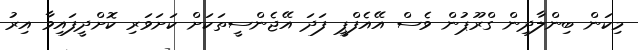
މިކަން ބިންލާދިން ގްރޫޕުން ވެސް އޭއެފްޕީ ފަދަ އޭޖެންސީތަކަށް ކަށަވަރި ކޮށްދީފައިވާ އިރު